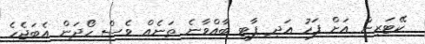
ކޭޓަރިން އަށް ފަހު އަދި ޕާޓީ ބާއްވާނެ ތަނެއް ވެސް ހޯދަން އެބަޖެހެ